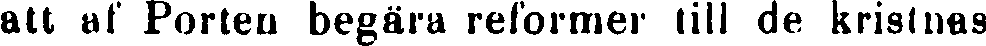
alt al Porten begära reformer till de kristnas